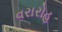
વરારોહ